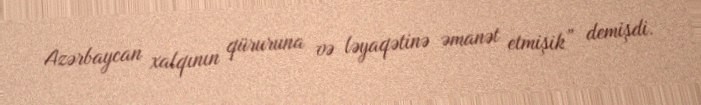
Azərbaycan xalqının qüruruna və ləyaqətinə əmanət etmişik” demişdi.